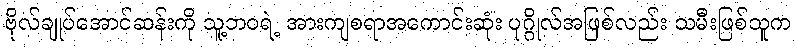
ဗိုလ်ချုပ်အောင်ဆန်းကို သူ့ဘဝရဲ့ အားကျစရာအကောင်းဆုံး ပုဂ္ဂိုလ်အဖြစ်လည်း သမီးဖြစ်သူက